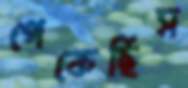
পেকেছিস